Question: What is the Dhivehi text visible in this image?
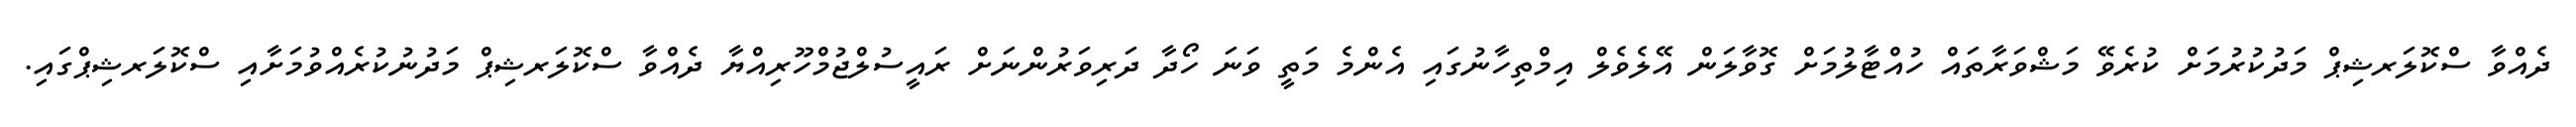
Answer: ދެއްވާ ސްކޮލަރޝިޕް މަދުކުރުމަށް ކުރެވޭ މަޝްވަރާތައް ހުއްޓާލުމަށް ގޮވާލަން އޭލެވެލް އިމްތިހާނުގައި އެންމެ މަތީ ވަނަ ހޯދާ ދަރިވަރުންނަށް ރައީސުލްޖުމްހޫރިއްޔާ ދެއްވާ ސްކޮލަރޝިޕް މަދުނުކުރެއްވުމަށާއި ސްކޮލަރޝިޕްގައި.